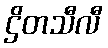
ဌိတသီလီ